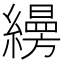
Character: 𦆅